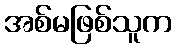
အစ်မဖြစ်သူက